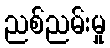
ညစ်ညမ်းမှု